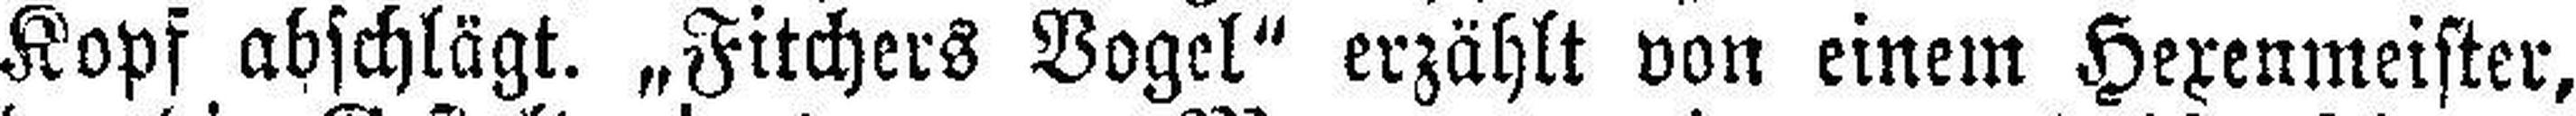
Kopf abschlägt. „Fitchers Vogel“ erzählt von einem Hexenmeister,